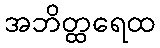
အဘိတ္ထရေထ